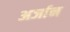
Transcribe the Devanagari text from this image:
अर्जान